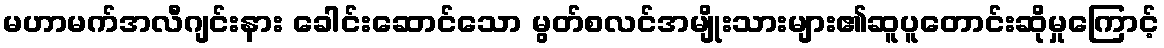
မဟာမက်အလီဂျင်းနား ခေါင်းဆောင်သော မွတ်စလင်အမျိုးသားများ၏ဆူပူတောင်းဆိုမှုကြောင့်